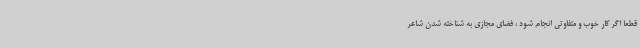
قطعا اگر کار خوب و متفاوتی انجام شود ، فضای مجازی به شناخته شدن شاعر